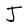
Character: J